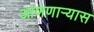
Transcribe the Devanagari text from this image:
आणणार्‍यास